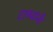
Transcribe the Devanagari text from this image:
टाक्यांनी